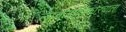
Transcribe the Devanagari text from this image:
लष्कराधिकाऱ्याला